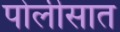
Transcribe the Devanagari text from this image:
पोलीसात